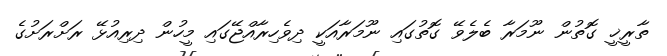
ތާރީޚީ ގޮތުން ނޫމަރާ ބެލެވޭ ގޮތުގައި ނޫމަރާއަކީ ދިވެހިރާއްޖޭގައި މީހުން ދިރިއުޅޭ ރަށްރަށުގެ